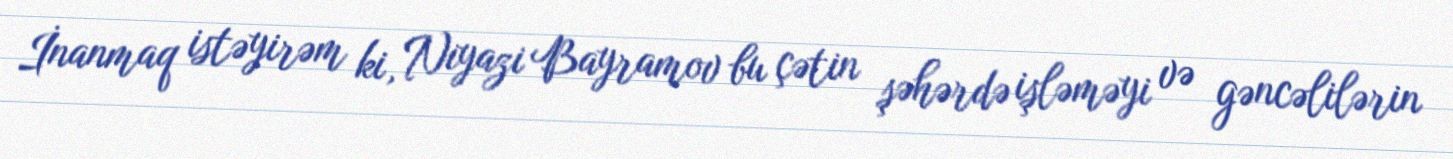
İnanmaq istəyirəm ki, Niyazi Bayramov bu çətin şəhərdə işləməyi və gəncəlilərin